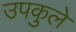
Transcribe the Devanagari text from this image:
उपकुले